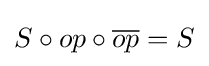
S\circ op\circ {\overline {op}}=S